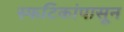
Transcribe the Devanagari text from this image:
स्फटिकांपासून